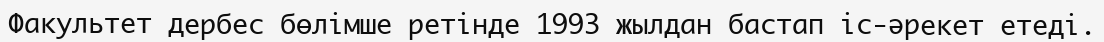
Факультет дербес бөлімше ретінде 1993 жылдан бастап іс-әрекет етеді.